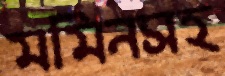
মমিনসহ